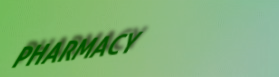
PHARMACY